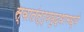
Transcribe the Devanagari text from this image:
स्वातंत्र्ययुद्धामध्ये